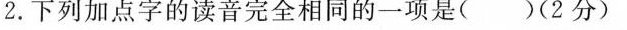
2.下列加点字的读音完全相同的一项是( )(2分)